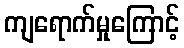
ကျရောက်မှုကြောင့်